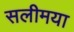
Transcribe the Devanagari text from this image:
सलीमया